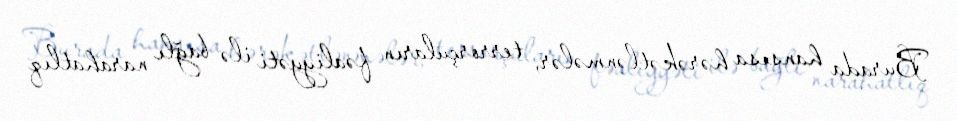
Burada hansısa hərəkətlənmələr, terrorçuların fəaliyyəti ilə bağlı narahatlıq